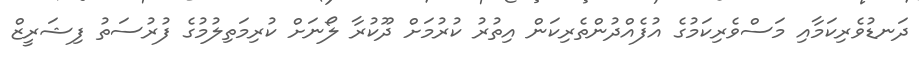
ދަނޑުވެރިކަމާއި މަސްވެރިކަމުގެ އުފެއްދުންތެރިކަން އިތުރު ކުރުމަށް ދޫކުރާ ލޯނަށް ކުރިމަތިލުމުގެ ފުރުސަތު ފިޝަރީޒް